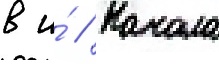
в и́ // Начала